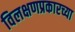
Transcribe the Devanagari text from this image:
विलक्षणप्रकारच्या